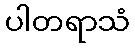
ပါတရာသံ